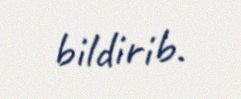
bildirib.